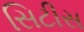
સિટીસ